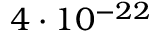
4 \cdot 1 0 ^ { - 2 2 }